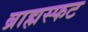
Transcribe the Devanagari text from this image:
ब्राह्मस्फट